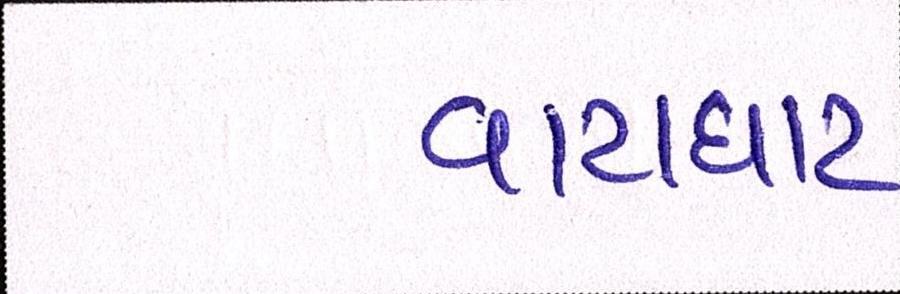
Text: વાટાઘાટ